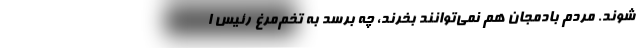
شوند. مردم بادمجان هم نمی‌توانند بخرند، چه برسد به تخم‌مرغ رئیس ا